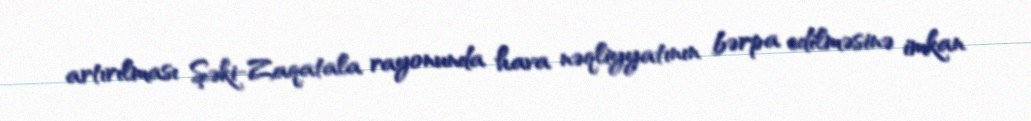
artırılması Şəki-Zaqatala rayonunda hava nəqliyyatının bərpa edilməsinə imkan